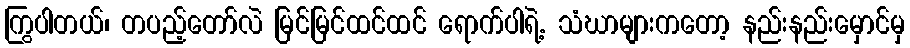
ကြွပါတယ်၊ တပည့်တော်လဲ မြင်မြင်ထင်ထင် ရောက်ပါရဲ့. သံဃာများကတော့ နည်းနည်းမှောင်မှ